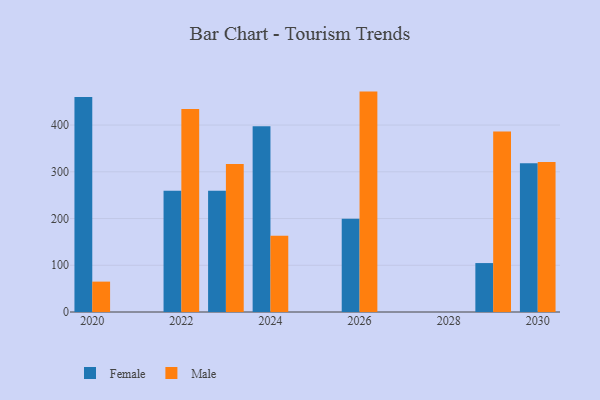
{"axis": {"x": "Year", "y": "LTV (USD)"}, "legend": ["Female", "Male"], "data": [{"x": "2022", "y": 259.6, "type": "Female"}, {"x": "2022", "y": 434.2, "type": "Male"}, {"x": "2024", "y": 397.2, "type": "Female"}, {"x": "2024", "y": 163.4, "type": "Male"}, {"x": "2020", "y": 459.9, "type": "Female"}, {"x": "2020", "y": 65.0, "type": "Male"}, {"x": "2029", "y": 104.7, "type": "Female"}, {"x": "2029", "y": 386.0, "type": "Male"}, {"x": "2026", "y": 199.6, "type": "Female"}, {"x": "2026", "y": 471.6, "type": "Male"}, {"x": "2030", "y": 318.4, "type": "Female"}, {"x": "2030", "y": 320.9, "type": "Male"}, {"x": "2023", "y": 259.5, "type": "Female"}, {"x": "2023", "y": 316.5, "type": "Male"}]}